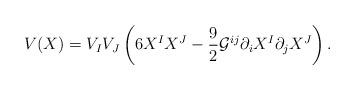
LaTeX: \begin{align*}V(X)=V_{I}V_{J}\left( 6X^{I}X^{J}-\frac{9}{2}\mathcal{G}^{ij}\partial_{i}X^{I}\partial _{j}X^{J}\right) . \end{align*}